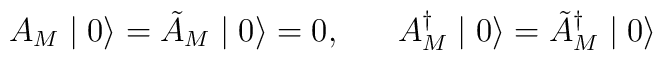
A_{M} \mid 0 \rangle = \tilde{A}_{M} \mid 0 \rangle = 0, \;\;\;\;\;\;A^{\dagger}_{M} \mid 0 \rangle = \tilde{A}^{\dagger}_{M} \mid 0 \rangle